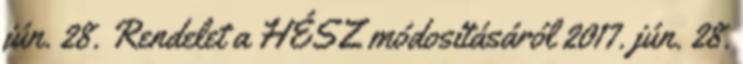
jún. 28. Rendelet a HÉSZ módosításáról 2017. jún. 28.